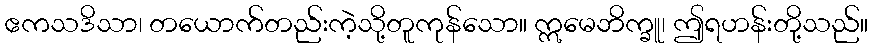
ဧကသဒိသာ၊ တယောက်တည်းကဲ့သို့တူကုန်သော။ ဣမေဘိက္ခူ၊ ဤရဟန်းတို့သည်။